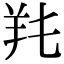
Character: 𦍓